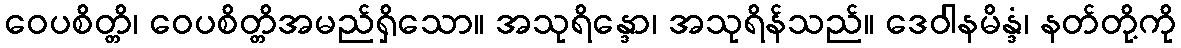
ဝေပစိတ္တိ၊ ဝေပစိတ္တိအမည်ရှိသော။ အသုရိန္ဒော၊ အသုရိန်သည်။ ဒေဝါနမိန္ဒံ၊ နတ်တို့ကို